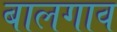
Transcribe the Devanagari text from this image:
बालगाव